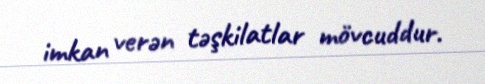
imkan verən təşkilatlar mövcuddur.